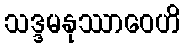
သဒ္ဒမနုဿာဝေဟိ